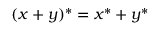
( x + y ) ^ { * } = x ^ { * } + y ^ { * }